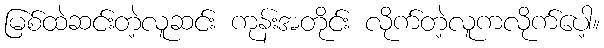
မြစ်ထဲဆင်းတဲ့လူဆင်း ကုန်းအတိုင်း လိုက်တဲ့လူကလိုက်ပေါ့။